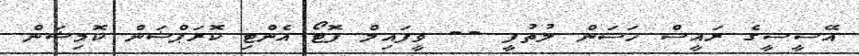
އޭސީސީގެ ރައީސް ހަސަން ލުތުފީ -- ވީފައިލް ފޮޓޯ އެންޓި ކޮރަޕްޝަން ކޮމިޝަން